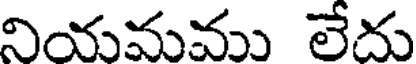
నియమము లేదు